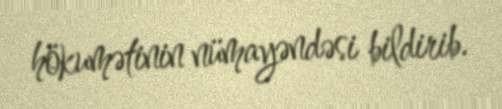
hökumətinin nümayəndəsi bildirib.